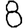
Digit: 8